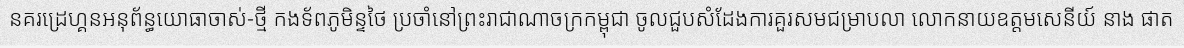
នគរដ្រេហ្គនអនុព័ន្ធយោធាចាស់-ថ្មី កងទ័ពភូមិន្ទថៃ ប្រចាំនៅព្រះរាជាណាចក្រកម្ពុជា ចូលជួបសំដែងការគួរសមជម្រាបលា លោកនាយឧត្តមសេនីយ៍ នាង ផាត